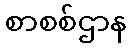
စာစစ်ဌာန